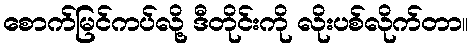
စောက်မြင်ကပ်လို့ ဒီတိုင်းကို လိုးပစ်လိုက်တာ။